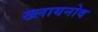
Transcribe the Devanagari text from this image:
ख्लायनोव